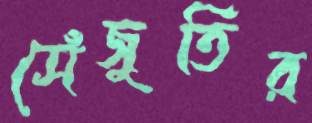
সেঁজুতির